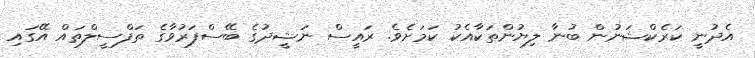
އެދުނީ ކަރެކްޝަނުން ބުނާ ލިޔުންތަކާއެކު ކަމަށެވެ. ރައީސް ނަޝީދުގެ ބޭސްފަރުވާގެ ތަފްސީލްތައް އޭގައި